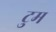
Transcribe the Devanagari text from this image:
टुम